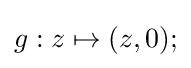
g:z\mapsto (z,0);